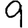
Digit: 9